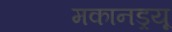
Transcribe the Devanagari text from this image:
मकानड्रयू